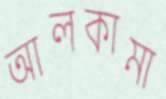
আলকামা